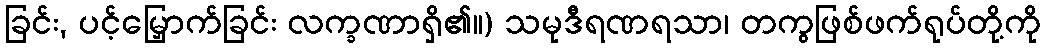
ခြင်း, ပင့်မြှောက်ခြင်း လက္ခဏာရှိ၏။) သမုဒီရဏရသာ၊ တကွဖြစ်ဖက်ရုပ်တို့ကို